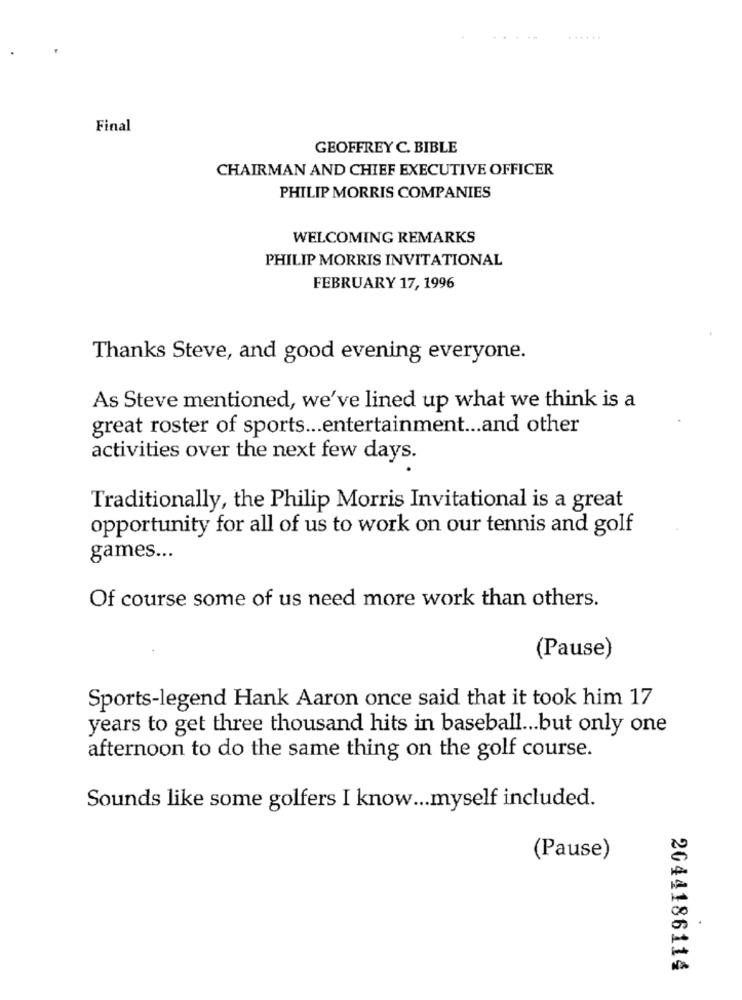
Final
GEOFFREY C. BIBLE
CHAIRMAN AND CHIEF EXECUTIVE OFFICER
PHILIP MORRIS COMPANIES
WELCOMING REMARKS
PHILIP MORRIS INVITATIONAL
FEBRUARY 17, 1996
Thanks Steve, and good evening everyone.
As Steve mentioned, we've lined up what we think is a
great roster of sports ... entertainment ... and other
activities over the next few days.
Traditionally, the Philip Morris Invitational is a great
opportunity for all of us to work on our tennis and golf
games ...
Of course some of us need more work than others.
(Pause)
Sports-legend Hank Aaron once said that it took him 17
years to get three thousand hits in baseball ... but only one
afternoon to do the same thing on the golf course.
Sounds like some golfers I know ... myself included.
(Pause)
2044186114